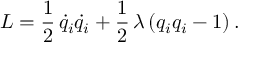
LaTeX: L = \frac { 1 } { 2 } \, \dot { q } _ { i } \dot { q } _ { i } + \frac { 1 } { 2 } \, \lambda \, ( q _ { i } q _ { i } - 1 ) \, .